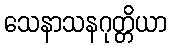
သေနာသနဂုတ္တိယာ